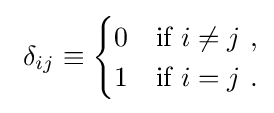
\ \delta _{ij}\equiv {\begin{cases}0&{\text{if }}i\neq j\ ,\\1&{\text{if }}i=j~.\end{cases}}